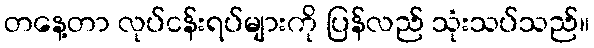
တနေ့တာ လုပ်ငန်းရပ်များကို ပြန်လည် သုံးသပ်သည်။